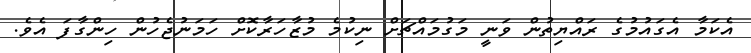
އެކަމާ އެގައުމުގެ ރައްޔިތުން ވަނީ މަގުމައްޗަށް ނިކުމެ މުޒާހަރާކޮށް ހަމަނުޖެހުން ހިންގާފަ އެވެ.